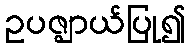
ဥပဇ္ဈာယ်ပြု၍